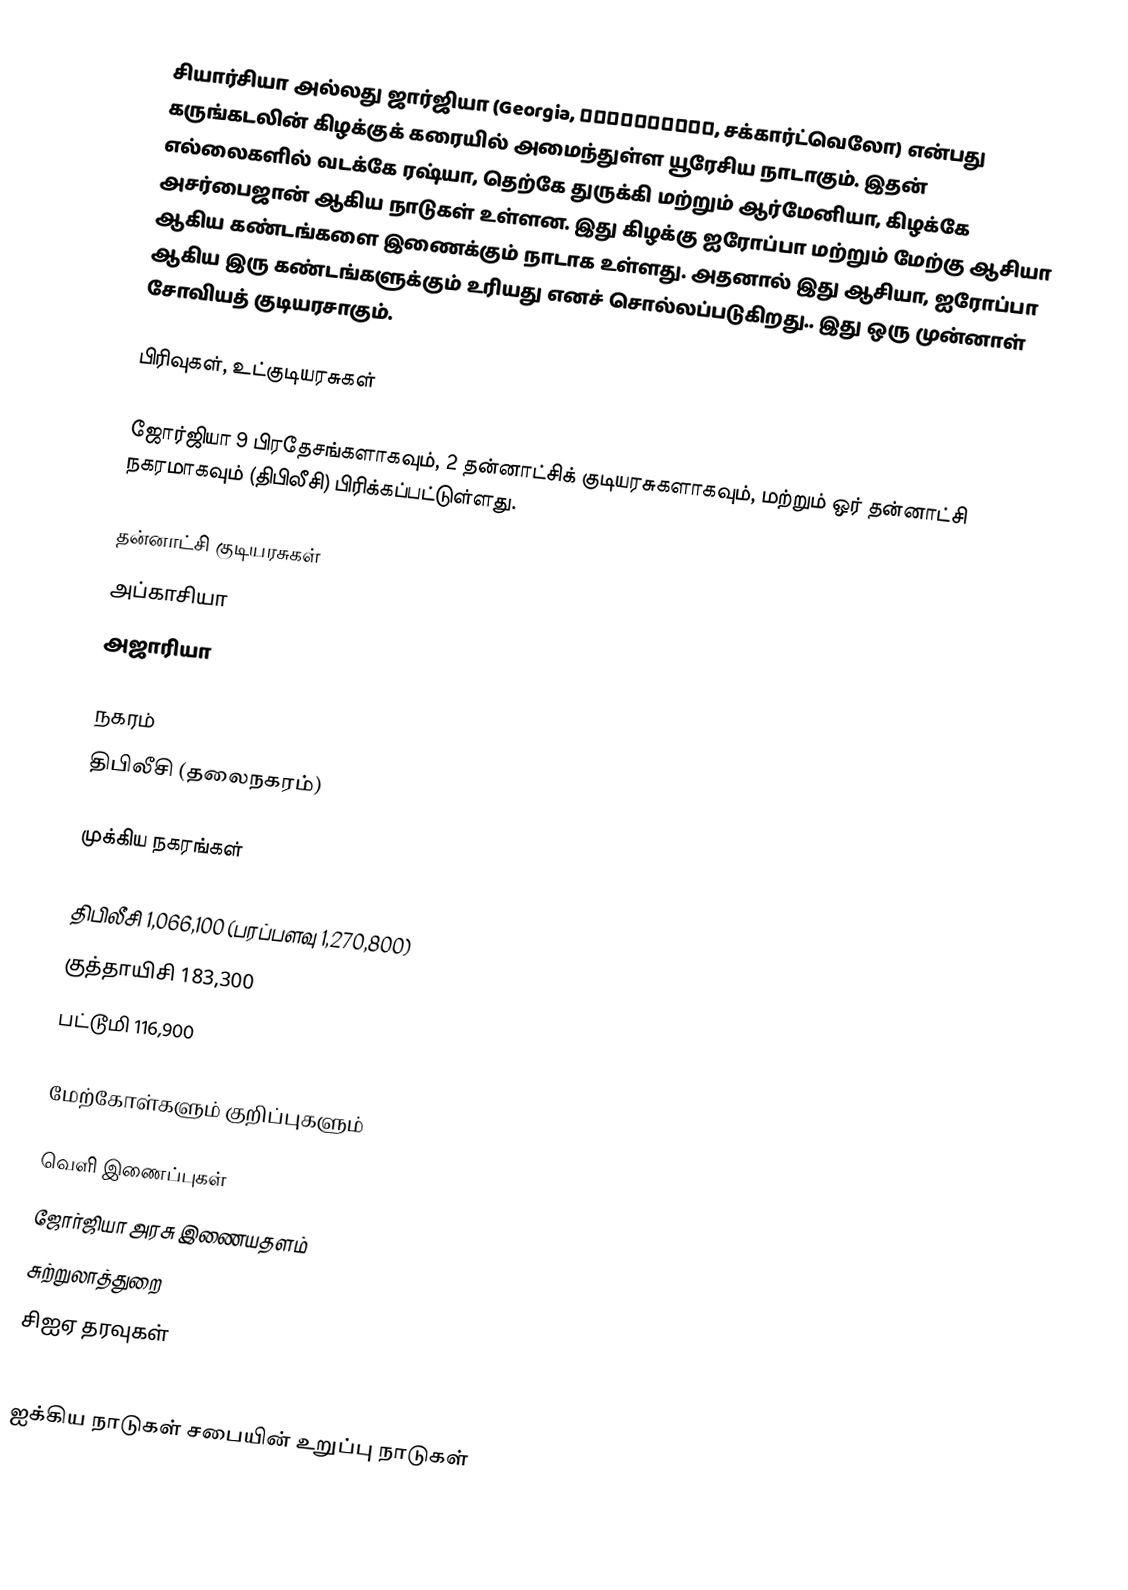
சியார்சியா அல்லது ஜார்ஜியா (Georgia, საქართველო, சக்கார்ட்வெலோ) என்பது கருங்கடலின் கிழக்குக் கரையில் அமைந்துள்ள யூரேசிய நாடாகும். இதன் எல்லைகளில் வடக்கே ரஷ்யா, தெற்கே துருக்கி மற்றும் ஆர்மேனியா, கிழக்கே அசர்பைஜான் ஆகிய நாடுகள் உள்ளன. இது கிழக்கு ஐரோப்பா மற்றும் மேற்கு ஆசியா ஆகிய கண்டங்களை இணைக்கும் நாடாக உள்ளது. அதனால் இது ஆசியா, ஐரோப்பா ஆகிய இரு கண்டங்களுக்கும் உரியது எனச் சொல்லப்படுகிறது.. இது ஒரு முன்னாள் சோவியத் குடியரசாகும்.

பிரிவுகள், உட்குடியரசுகள்

ஜோர்ஜியா 9 பிரதேசங்களாகவும், 2 தன்னாட்சிக் குடியரசுகளாகவும், மற்றும் ஒர் தன்னாட்சி நகரமாகவும் (திபிலீசி) பிரிக்கப்பட்டுள்ளது.

தன்னாட்சி குடியரசுகள்
 அப்காசியா
 அஜாரியா

நகரம்
 திபிலீசி (தலைநகரம்)

முக்கிய நகரங்கள்

 திபிலீசி 1,066,100 (பரப்பளவு 1,270,800)
 குத்தாயிசி 183,300
 பட்டூமி 116,900

மேற்கோள்களும் குறிப்புகளும்

வெளி இணைப்புகள்
 ஜோர்ஜியா அரசு இணையதளம்
 சுற்றுலாத்துறை
 சிஐஏ தரவுகள்

ஐக்கிய நாடுகள் சபையின் உறுப்பு நாடுகள்